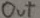
Text: out